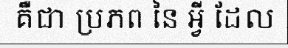
គឺជា ប្រភព នៃ អ្វី ដែល